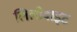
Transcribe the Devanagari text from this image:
लिलीवाइट